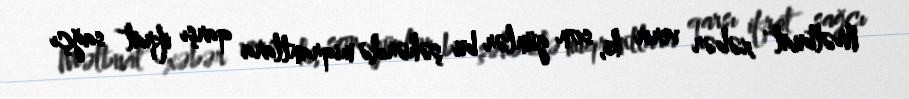
Mətbuat xəbər verir ki, son günlər bu şəhərdə miqrantlara qarşı ifrat sağçı